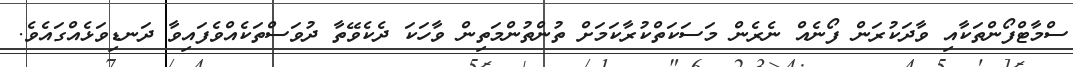
ސްމާޓްފޯންތަކާއި ވާދަކުރަން ފޯނެއް ނެރެން މަސަކަތްކުރާކަމަށް ތުންތުންމަތިން ވާހަކަ ދެކެވޭތާ ދުވަސްތަކެއްވެފައިވާ ދަނޑިވަޅެއްގައެވެ.